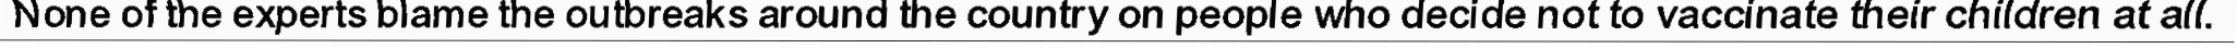
None of the experts blame the outbreaks around the country on people who decide not to vaccinate their children at all.